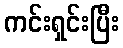
ကင်းရှင်းပြီး